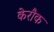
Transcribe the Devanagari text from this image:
केरौक